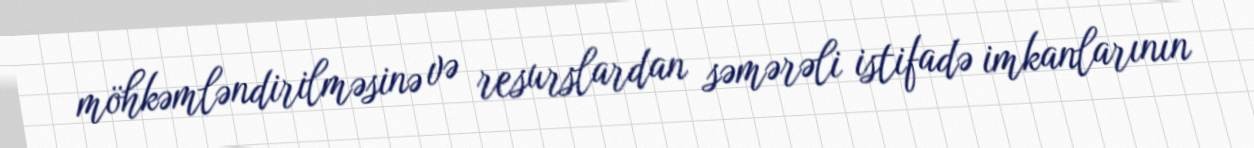
möhkəmləndirilməsinə və resurslardan səmərəli istifadə imkanlarının